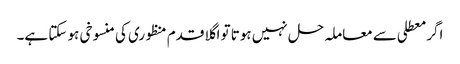
اگر معطلی سے معاملہ حل نہیں ہوتا تو اگلا قدم منظوری کی منسوخی ہو سکتا ہے۔